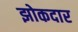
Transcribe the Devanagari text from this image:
झोकदार